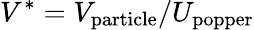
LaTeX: V^{\ast}=V_{\mathrm{particle}}/U_{\mathrm{popper}}